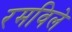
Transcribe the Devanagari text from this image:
रमविले